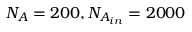
N _ { A } = 2 0 0 , N _ { A _ { i n } } = 2 0 0 0